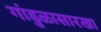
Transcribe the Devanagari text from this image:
गांडुळासारखा